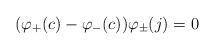
LaTeX: \begin{align*}(\varphi_+(c)-\varphi_-(c))\varphi_\pm(j)=0\end{align*}